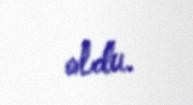
oldu.